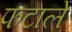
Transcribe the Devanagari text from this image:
फटाले